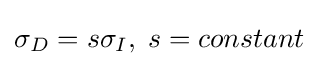
\sigma _{D}=s\sigma _{I},\;s=constant